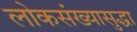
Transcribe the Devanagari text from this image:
लोकसंख्यासुद्धा